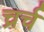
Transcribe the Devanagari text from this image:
च्रर्च